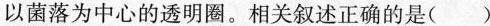
以菌落为中心的透明圈。相关叙述正确的是( )